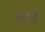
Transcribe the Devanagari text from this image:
रेगड़